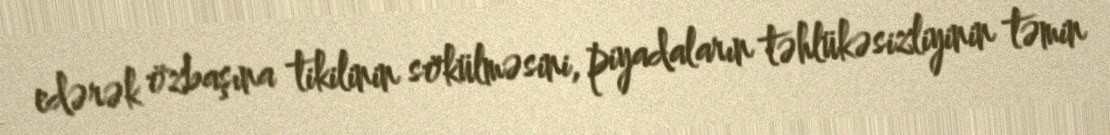
edərək özbaşına tikilinin sökülməsini, piyadaların təhlükəsizliyinin təmin